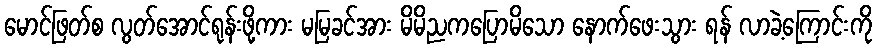
မောင်ဖြတ်စ လွတ်အောင်ရုန်းဖို့ကား မမြခင်အား မိမိညကပြောမိသော နောက်ဖေးသွား ရန် လာခဲ့ကြောင်းကို